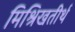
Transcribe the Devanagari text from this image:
मिश्रिखतीर्थ